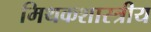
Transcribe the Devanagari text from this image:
मिथकशास्त्रीय